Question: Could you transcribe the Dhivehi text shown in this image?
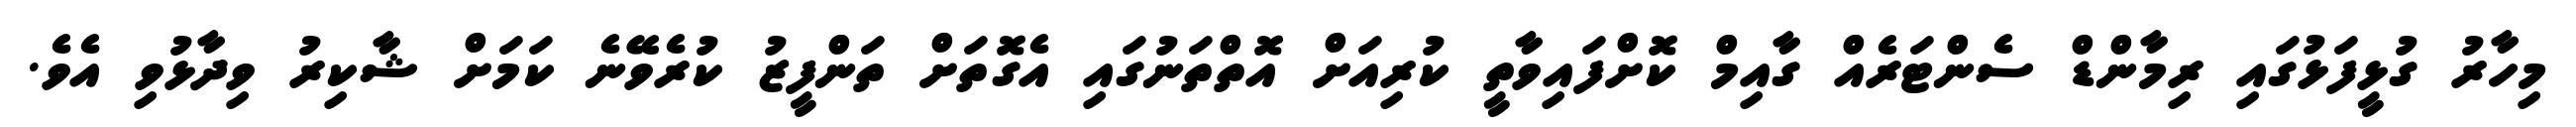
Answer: މިހާރު ގުޅީފަޅުގައި ރިމާންޑް ސެންޓަރެއް ގާއިމް ކޮށްފައިވާތީ ކުރިއަށް އޮތްތަނުގައި އެގޮތަށް ތަންފީޒު ކުރެވޭނެ ކަމަށް ޝާކިރު ވިދާޅުވި އެވެ.